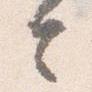
令